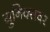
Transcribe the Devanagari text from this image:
युनिक्सवर